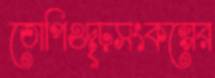
তোপিওদৃঢ়সংকল্পের